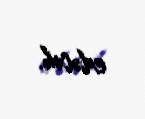
edəcək.